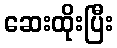
ဆေးထိုးပြီး